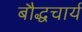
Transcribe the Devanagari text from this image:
बौद्धचार्य